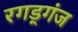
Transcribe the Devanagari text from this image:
रगड्गंज